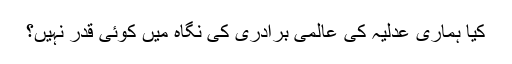
کیا ہماری عدلیہ کی عالمی برادری کی نگاہ میں کوئی قدر نہیں؟